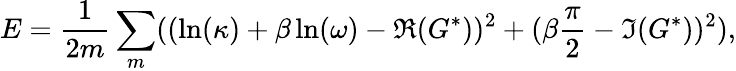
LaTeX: E=\frac{1}{2m}\sum_{m}((\ln(\kappa)+\beta\ln(\omega)-\Re(G^{*}))^{2}+(\beta\frac{\pi}{2}-\Im(G^{*}))^{2}),